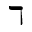
\daleth